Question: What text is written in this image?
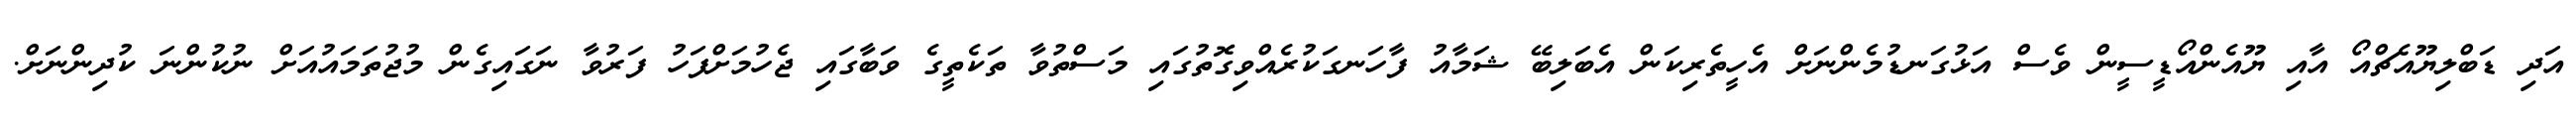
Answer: އަދި ޑަބްލިޔޫއެޗްއޯ އާއި ޔޫއެންއޯޑީސީން ވެސް އަޅުގަނޑުމެންނަށް އެހީތެރިކަން އެބަލިބޭ ޝަމާއު ފާހަނގަކުރެއްވިގޮތުގައި މަސްތުވާ ތަކެތީގެ ވަބާގައި ޖެހުމަށްފަހު ފަރުވާ ނަގައިގެން މުޖުތަމައުއަށް ނުކުންނަ ކުދިންނަށް.